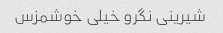
شیرینی نگرو خیلی خوشمزس